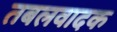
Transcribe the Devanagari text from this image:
तबलवादक